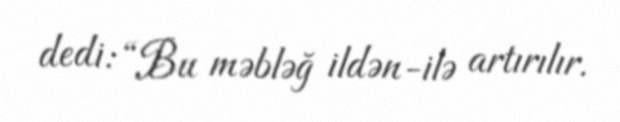
dedi: “Bu məbləğ ildən-ilə artırılır.